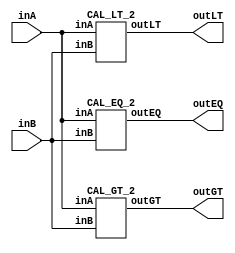
/* CSED273 lab2 experiment 2 */
/* lab2_2.v */

/* Simplifed equation by K-Map method
 * You are allowed to use keword "assign" and operator "&","|","~",
 * or just implement with gate-level-modeling (and, or, not) */
module lab2_2(
    output wire outGT, outEQ, outLT,
    input wire [1:0] inA,
    input wire [1:0] inB
    );

    CAL_GT_2 cal_gt2(outGT, inA, inB);
    CAL_EQ_2 cal_eq2(outEQ, inA, inB);
    CAL_LT_2 cal_lt2(outLT, inA, inB);

endmodule

/* Implement output about "A>B" */
module CAL_GT_2(
    output wire outGT,
    input wire [1:0] inA,
    input wire [1:0] inB
    );

    assign outGT = ((inA[1] & ~inB[1]) |
                    (inA[0] & ~inB[1] & ~inB[0]) |
                    (inA[1] & inA[0] & ~inB[0]));

endmodule

/* Implement output about "A=B" */
module CAL_EQ_2(
    output wire outEQ,
    input wire [1:0] inA, 
    input wire [1:0] inB
    );

    assign outEQ = ((~inA[1] & ~inA[0] & ~inB[1] & ~inB[0]) |
                    (~inA[1] & inA[0] & ~inB[1] & inB[0]) |
                    (inA[1] & inA[0] & inB[1] & inB[0]) |
                    (inA[1] & ~inA[0] & inB[1] & ~inB[0]));

endmodule

/* Implement output about "A<B" */
module CAL_LT_2(
    output wire outLT,
    input wire [1:0] inA, 
    input wire [1:0] inB
    );

    assign outLT = ((~inA[1] & inB[1]) |
                    (~inA[0] & ~inA[1] & inB[0]) |
                    (~inA[0] & inB[1] & inB[0]));

endmodule